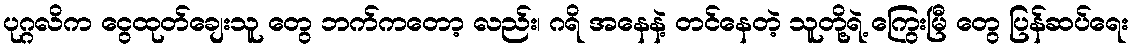
ပုဂ္ဂလိက ငွေထုတ်ချေးသူ တွေ ဘက်ကတော့ လည်း၊ ဂရိ အနေနဲ့ တင်နေတဲ့ သူတို့ရဲ့ ကြွေးမြီ တွေ ပြန်ဆပ်ရေး